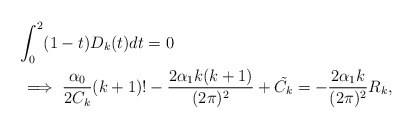
\begin{align*}&\int_{0}^{2}(1-t)D_{k}(t)dt=0\\&\implies \frac{\alpha_{0}}{2C_{k}}(k+1)!-\frac{2\alpha_{1}k(k+1)}{(2\pi)^{2}}+\tilde{C_{k}}=-\frac{2\alpha_{1}k}{(2\pi)^{2}}R_{k},\end{align*}